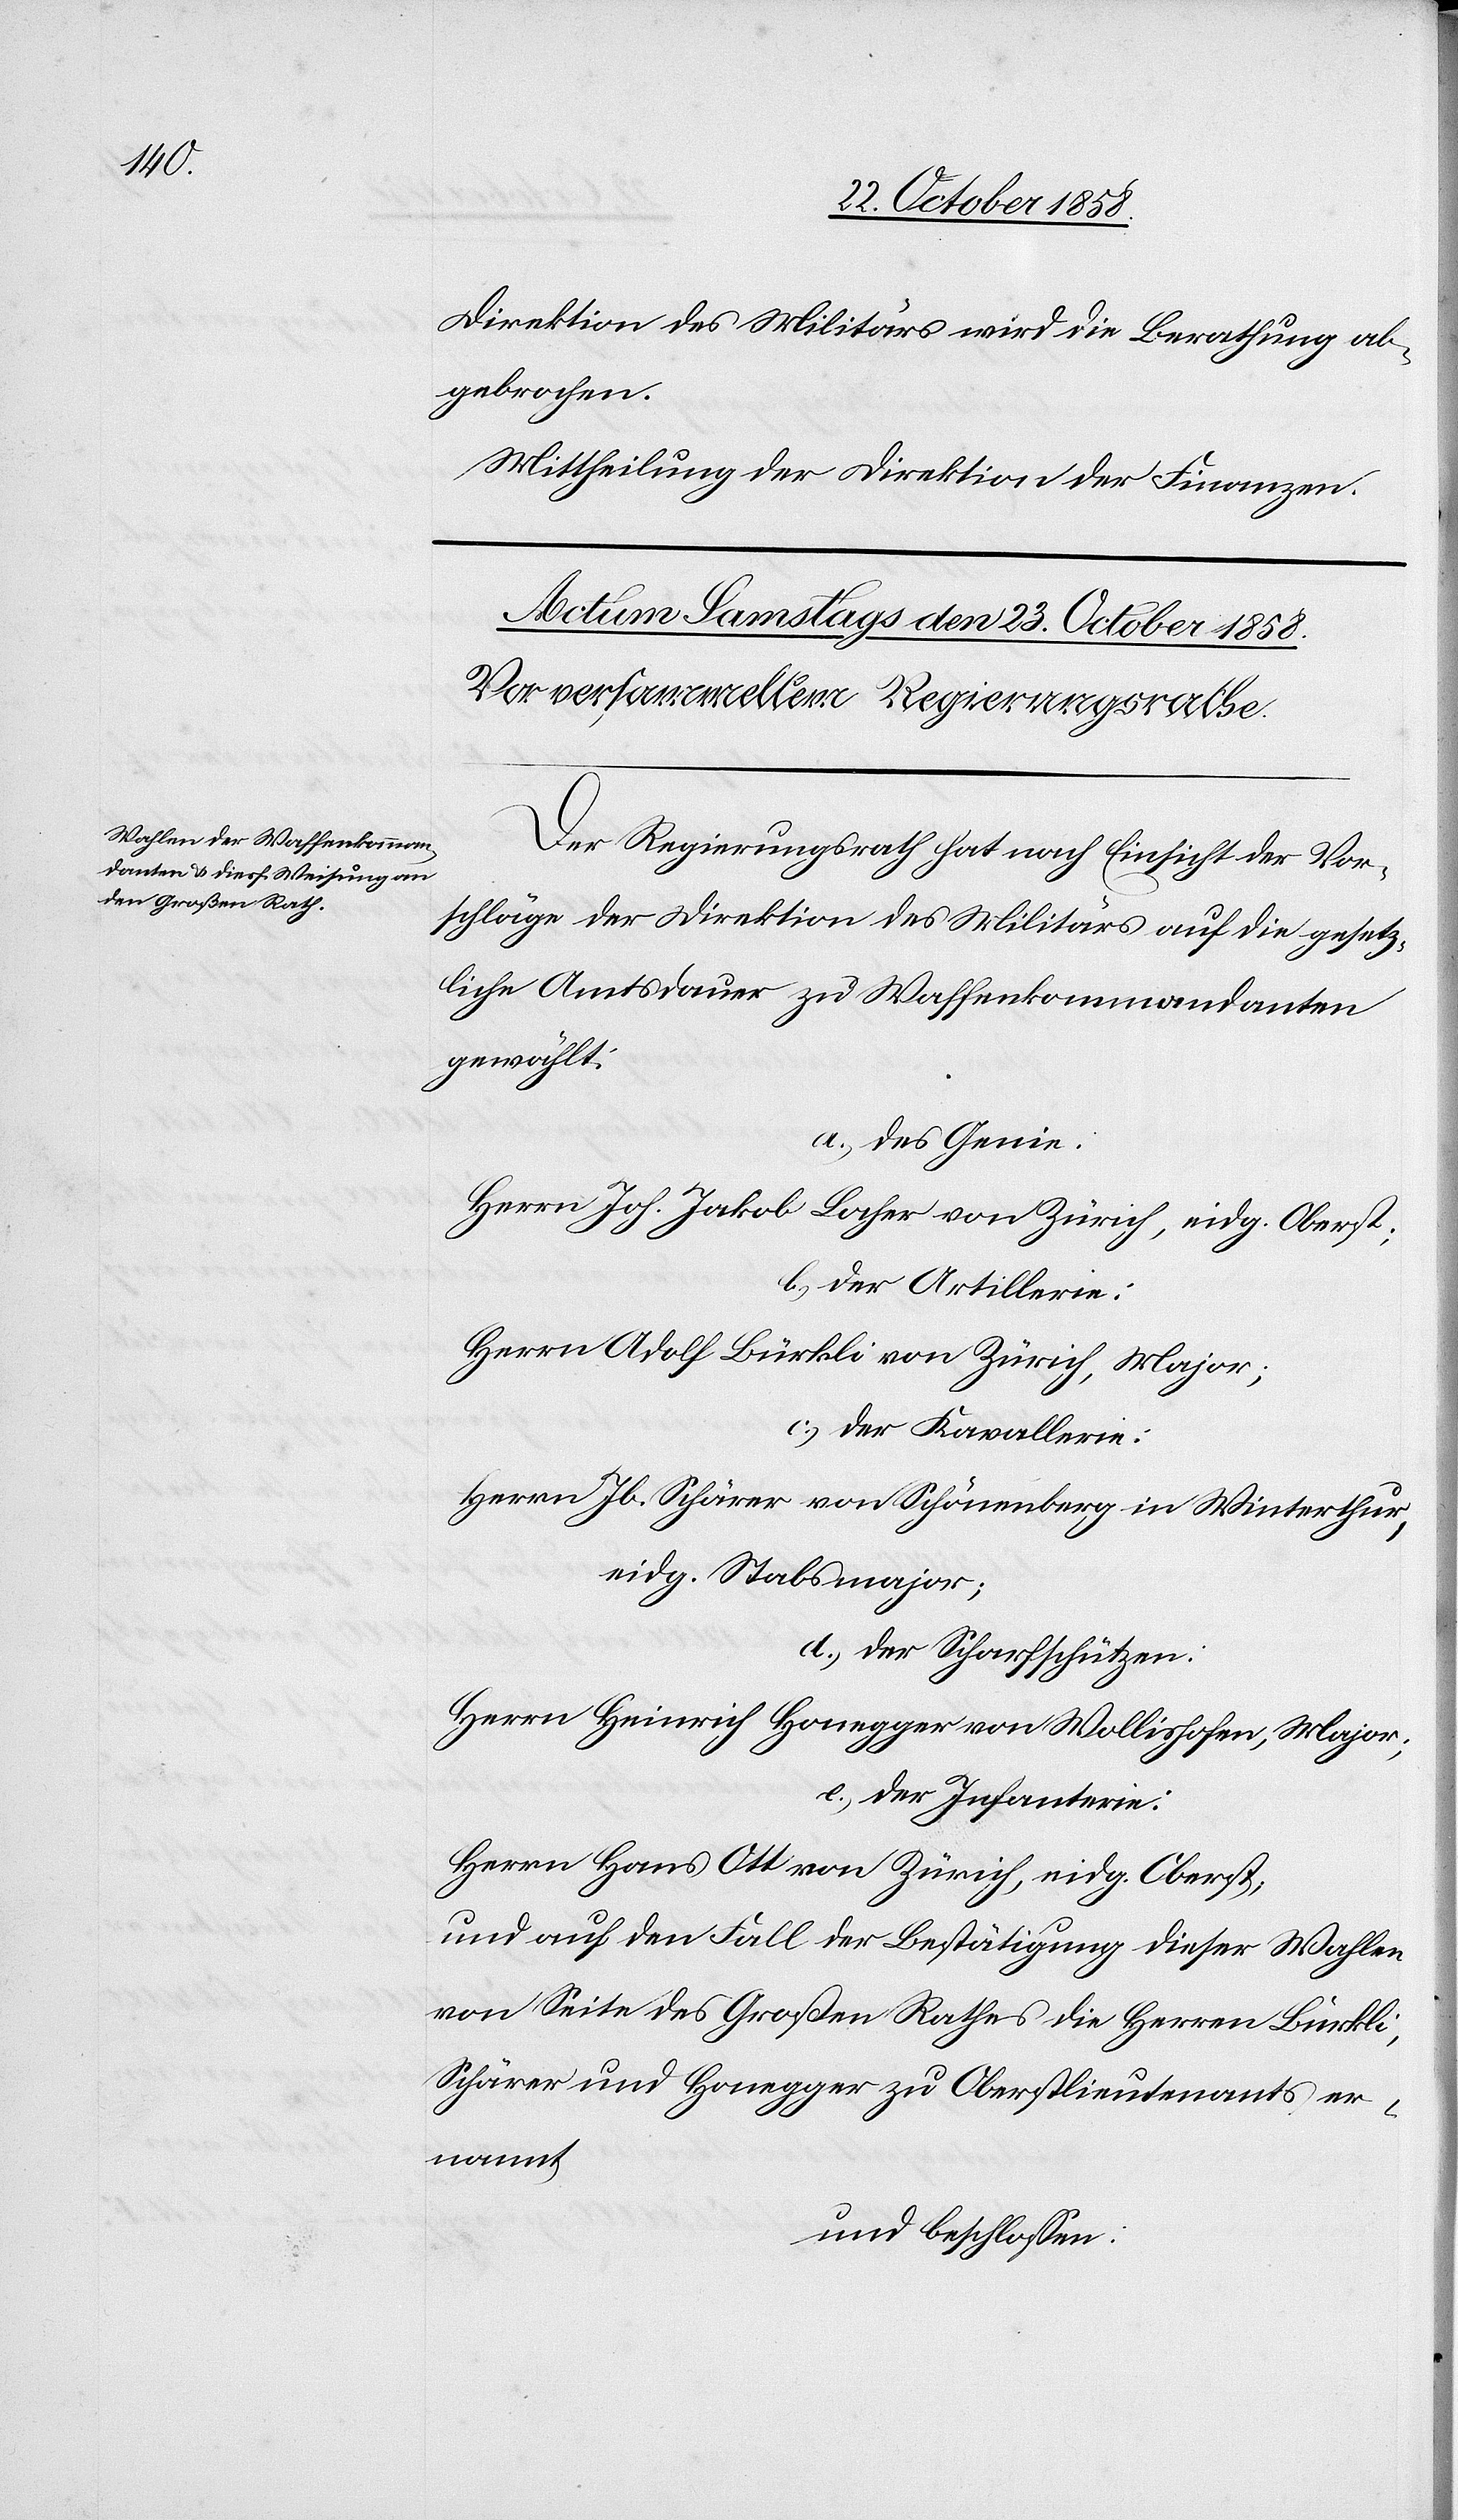
Direktion des Militärs wird die Berathung ab¬
gebrochen.
Mittheilung der Direktion der Finanzen.
Der Regierungsrath hat nach Einsicht der Vor¬
schläge der Direktion des Militärs auf die gesetz¬
liche Amtsdauer zu Waffenkommandanten
gewählt:
a.) des Genie:
Herrn Joh. Jakob Locher von Zürich, eidg. Oberst;
b.) der Artillerie:
Herrn Adolf Bürkli von Zürich, Major;
c.) der Kavallerie:
Herrn Jb. Schärer von Schönenberg in Winterthur,
eidg. Stabsmajor;
d.) der Scharfschützen:
Herrn Heinrich Honegger von Wollishofen, Major;
e.) der Infanterie:
Herrn Hans Ott von Zürich, eidg. Oberst;
und auf den Fall der Bestätigung dieser Wahlen
von Seite des Großen Rathes die Herren Bürkli,
Schärer und Honegger zu Oberstlieutenants er¬
nannt
und beschlossen: